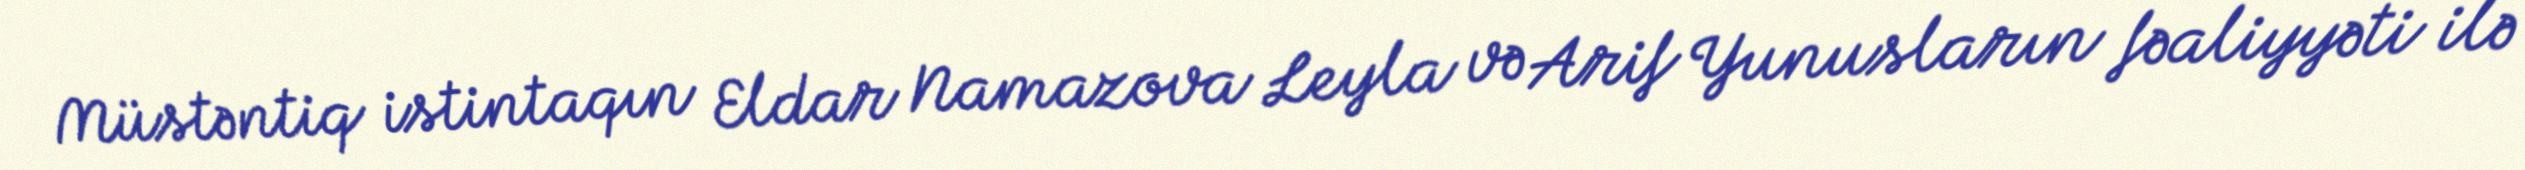
Müstəntiq istintaqın Eldar Namazova Leyla və Arif Yunusların fəaliyyəti ilə